Proceedings of the meeting of veterinary officers in India
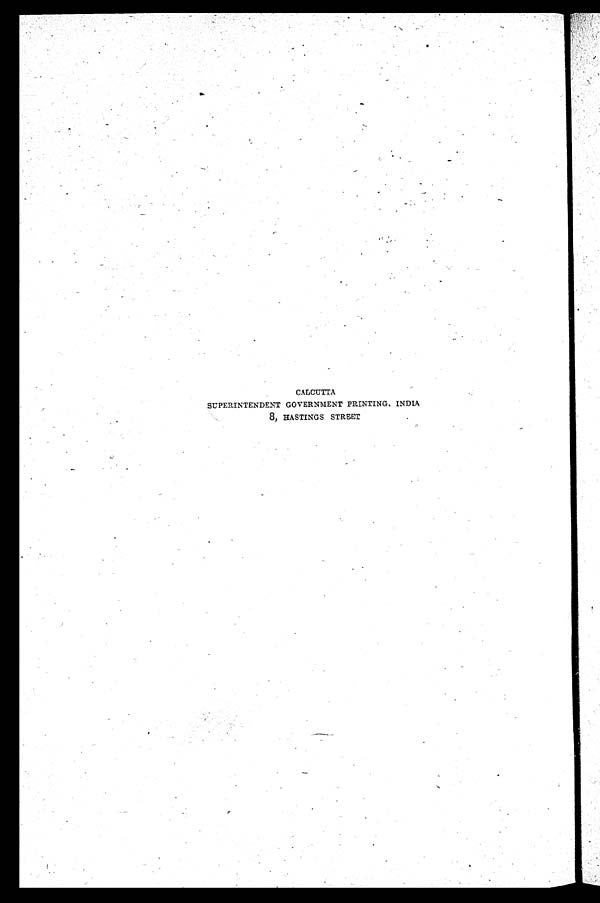
CALCUTTA
SUPERINTENDENT GOVERNMENT PRINTING. INDIA
8, HASTINGS STREET